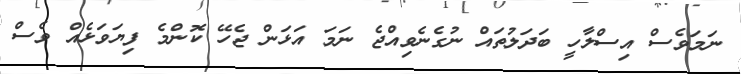
ނަމަވެސް އިސްލާހީ ބަދަލުތައް ނުގެނެވިއްޖެ ނަމަ އަޅަން ޖެހޭ ކޮންމެ ފިޔަވަޅެއް ވެސް